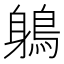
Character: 鵢